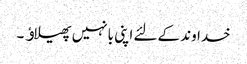
خداوند کےلئے اپنی بانہیں پھیلاﺅ ۔